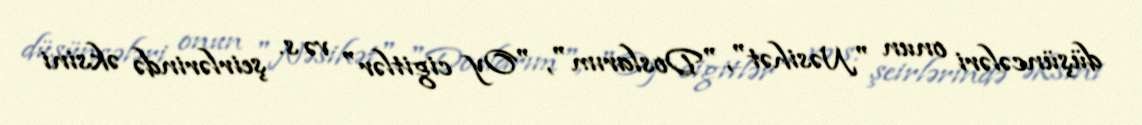
düşüncələri onun "Nəsihət", "Doslarım", "Oy cigitlər" və s. şeirlərində əksini